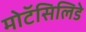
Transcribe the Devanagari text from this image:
मोटॅसिलिडे